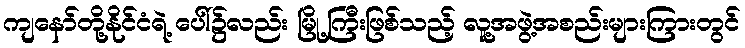
ကျနော်တို့နိုင်ငံရဲ့ ပေါ်၌လည်း မြို့ကြီးဖြစ်သည့် လူ့အဖွဲ့အစည်းများကြားတွင်